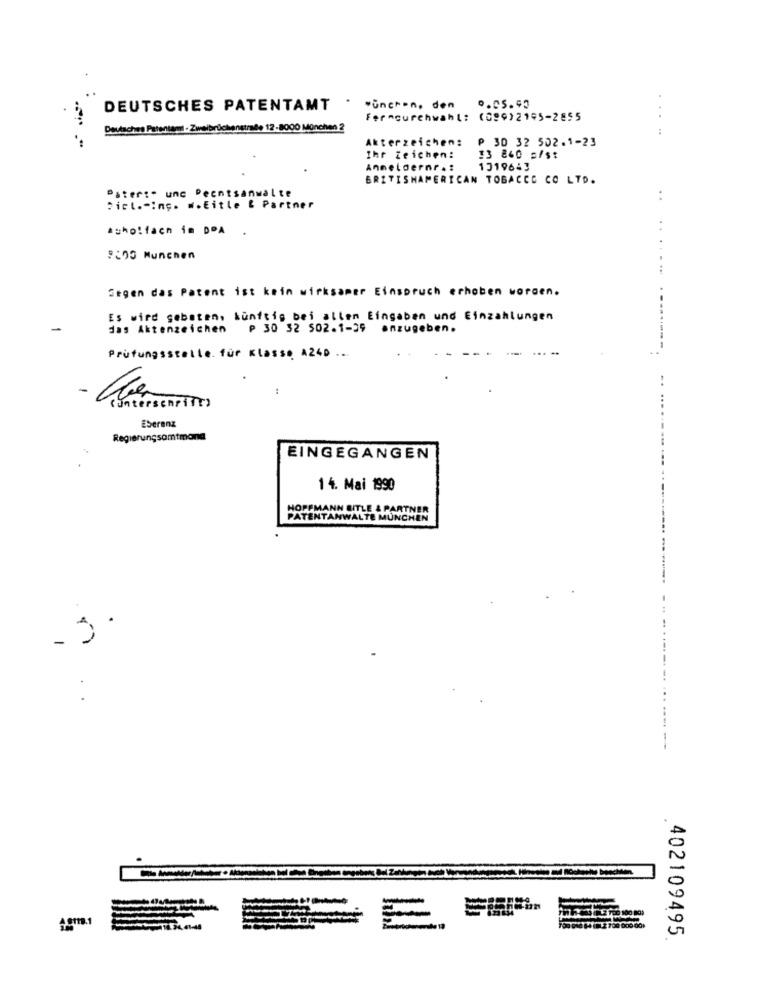
DEUTSCHES PATENTAMT · · Unchen, den 0.05.99
Fermourchwahl: (099)2195-2855
Deutsches Patentamt . Zweibrückenstraße 12-8000 München 2
:
Akterzeichen:
₱ 30 32 502.1-23
Ihr Zeichen:
#3 840 5/s:
Anmeldernr .:
1319643
BRITISHAMERICAN TOBACCO CO LTD.
Pater :. une Peentsanwalte
. .
Pict .- Ing. #.Eitle & Partner
acho!fach im DPA
. .
8:05 Munchen
Gegen das Patent ist kein wirksamer Einspruch erhoben worden.
Es wird gebeten, künftig bei allen Eingaben und Einzahlungen
das Aktenzeichen ₱ 30 32 502.1-29 anzugeben.
-------
Prüfungsstelle. für Klasse A24D
..
-
(unterschrift )
ESerenz
Regierungsomtmana
EINGEGANGEN
14. Mai 1990
ANN &
TE
INCHEN
402109495